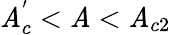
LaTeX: \mathit{A}_{c}^{'}<\mathit{A}<\mathit{A}_{c2}